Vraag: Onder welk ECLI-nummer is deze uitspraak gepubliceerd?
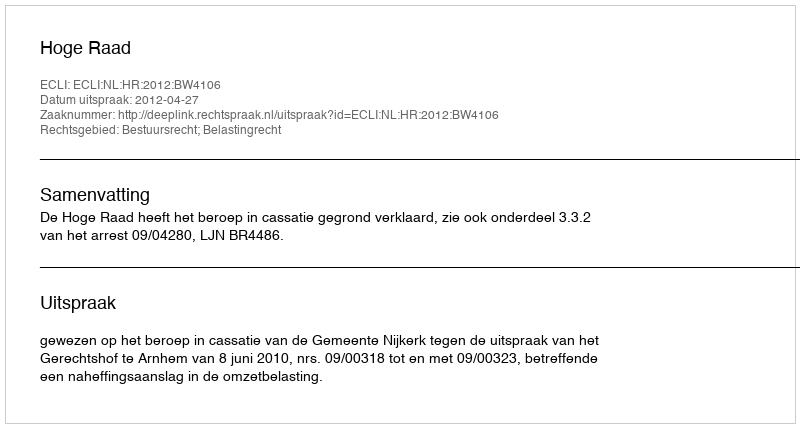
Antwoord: ECLI:NL:HR:2012:BW4106